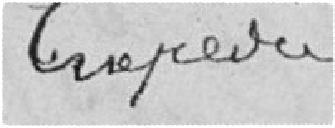
Crepeirie